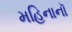
મહિનાનૉ